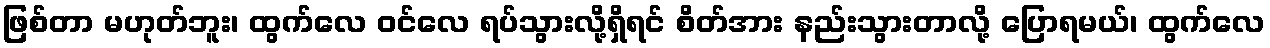
ဖြစ်တာ မဟုတ်ဘူး၊ ထွက်လေ ဝင်လေ ရပ်သွားလို့ရှိရင် စိတ်အား နည်းသွားတာလို့ ပြောရမယ်၊ ထွက်လေ